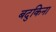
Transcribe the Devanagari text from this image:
बदुकिना